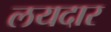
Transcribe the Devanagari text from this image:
लयदार